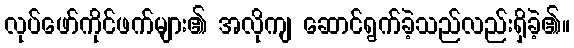
လုပ်ဖော်ကိုင်ဖက်များ၏ အလိုကျ ဆောင်ရွက်ခဲ့သည်လည်းရှိခဲ့၏။